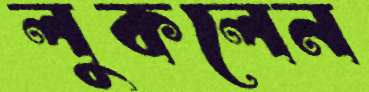
লুকলেন